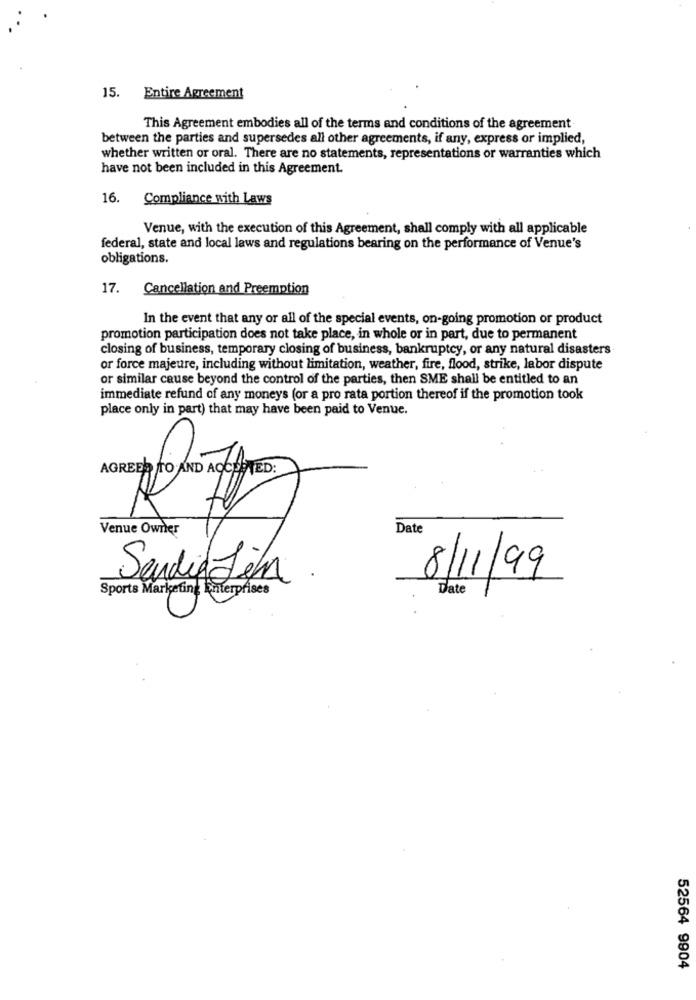
15. Entire Agreement
This Agreement embodies all of the terms and conditions of the agreement
between the parties and supersedes all other agreements, if any, express or implied,
whether written or oral. There are no statements, representations or warranties which
have not been included in this Agreement.
16.
Compliance with Laws
Venue, with the execution of this Agreement, shall comply with all applicable
federal, state and local laws and regulations bearing on the performance of Venue's
obligations.
17.
Cancellation and Preemption
In the event that any or all of the special events, on-going promotion or product
promotion participation does not take place, in whole or in part, due to permanent
closing of business, temporary closing of business, bankruptcy, or any natural disasters
or force majeure, including without limitation, weather, fire, flood, strike, labor dispute
or similar cause beyond the control of the parties, then SME shall be entitled to an
immediate refund of any moneys (or a pro rata portion thereof if the promotion took
place only in part) that may have been paid to Venue.
Venue Owner
Date
SandigJim.
8/11/99
Sports Marketing Enterprises
Date
52564 9904